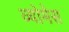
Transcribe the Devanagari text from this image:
व्योमेस